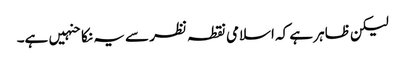
لیکن ظاہر ہے کہ اسلامی نقطہ نظر سے یہ نکاحنہیں ہے۔